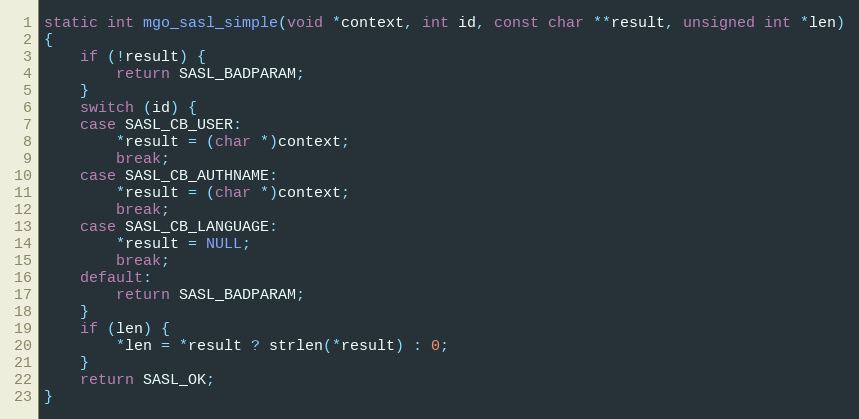
Language: C
static int mgo_sasl_simple(void *context, int id, const char **result, unsigned int *len)
{
	if (!result) {
		return SASL_BADPARAM;
	}
	switch (id) {
	case SASL_CB_USER:
		*result = (char *)context;
		break;
	case SASL_CB_AUTHNAME:
		*result = (char *)context;
		break;
	case SASL_CB_LANGUAGE:
		*result = NULL;
		break;
	default:
		return SASL_BADPARAM;
	}
	if (len) {
		*len = *result ? strlen(*result) : 0;
	}
	return SASL_OK;
}